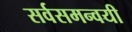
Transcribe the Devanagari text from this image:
सर्वसमन्‍वयी